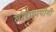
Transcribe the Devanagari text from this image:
खाद्यापयोगी